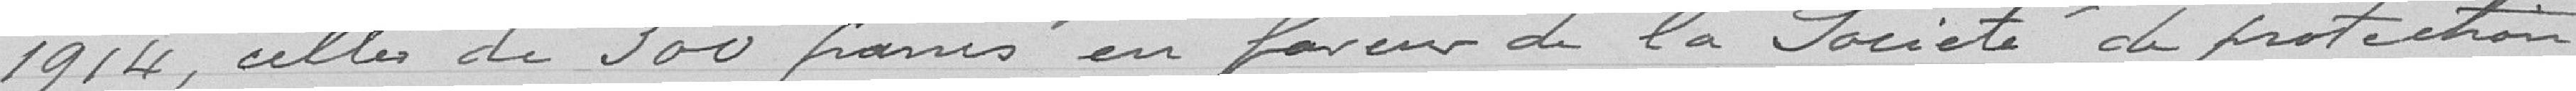
1914, celle de 300 francs en faveur de la Société de protection